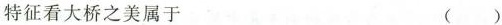
特征看大桥之美属于 ( )